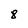
Character: 8